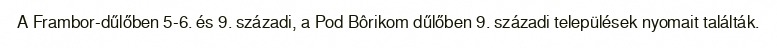
A Frambor-dűlőben 5-6. és 9. századi, a Pod Bôrikom dűlőben 9. századi települések nyomait találták.